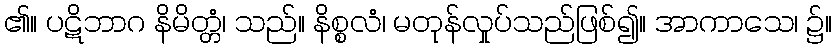
၏။ ပဋိဘာဂ နိမိတ္တံ၊ သည်။ နိစ္စလံ၊ မတုန်လှုပ်သည်ဖြစ်၍။ အာကာသေ၊ ၌။